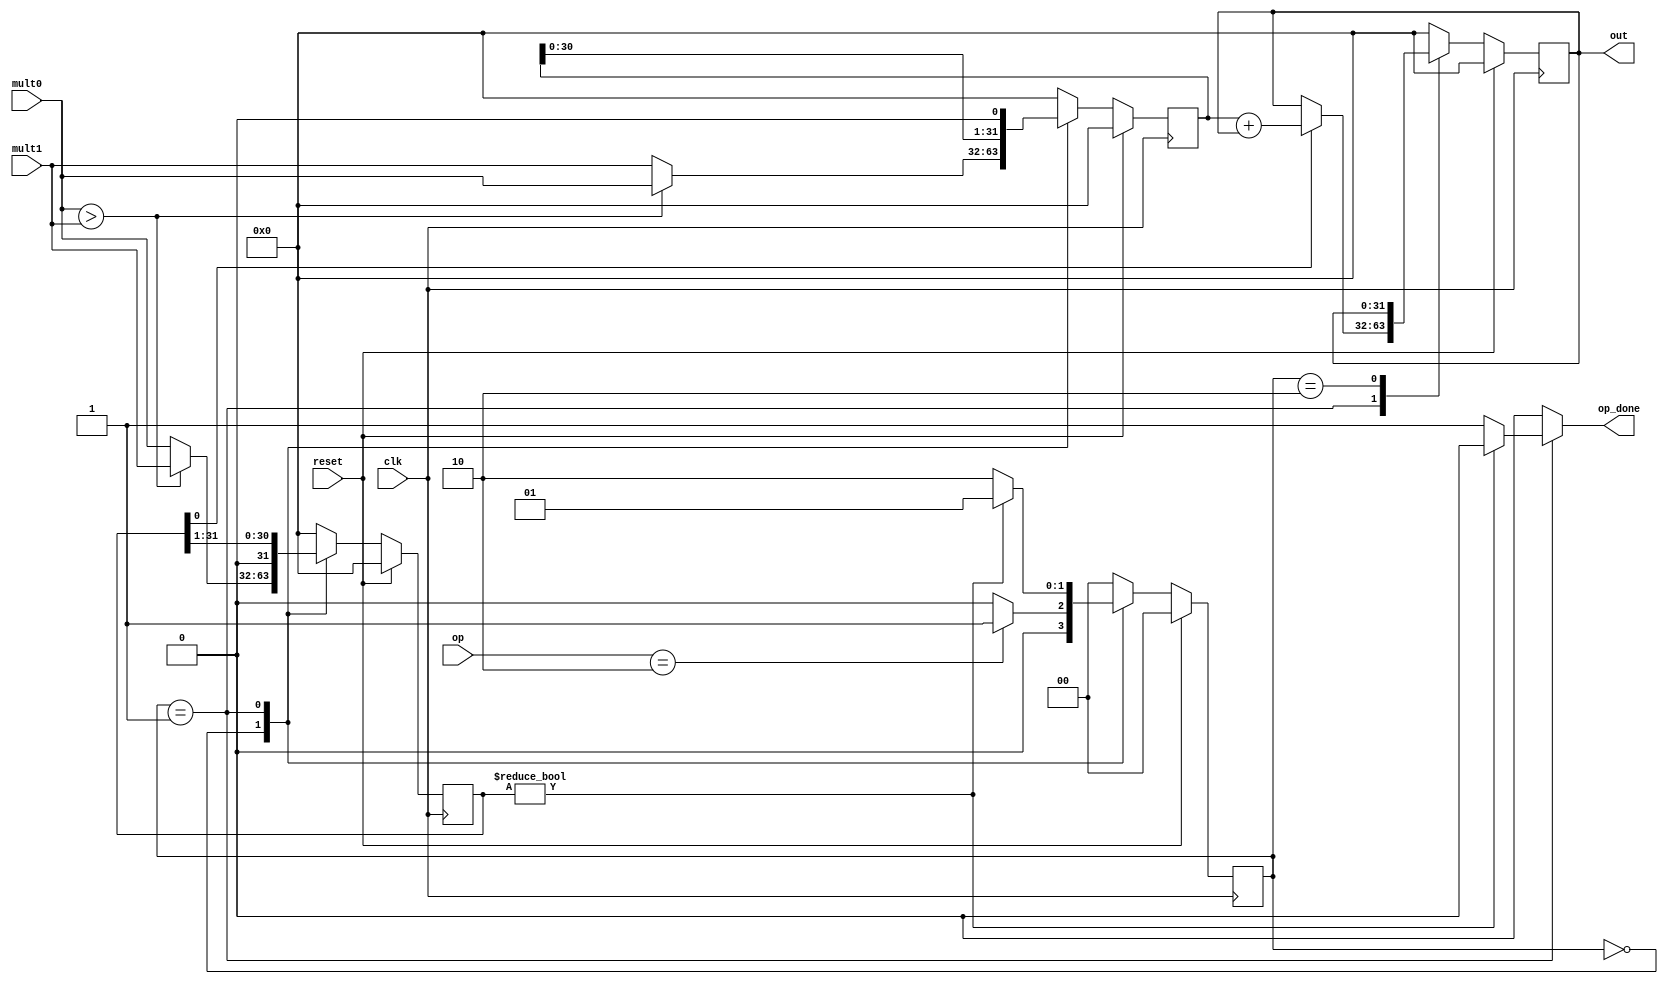





module sq_mult#(parameter op_sz=32) (
  input clk ,reset ,
  input  [op_sz-1:0] mult0, mult1,
  input[3:0] op,
  output reg [op_sz-1:0] out ,
  output reg op_done 
);



localparam  fitch =0 ,opr =1 , stop =2 ;


 reg [1:0] state, next_state ;
 reg [op_sz-1:0] out_next ;
 reg [op_sz-1:0] mult0_shift, mult1_shift ;
 reg [op_sz-1:0] mult0_shift_next, mult1_shift_next ;
 
 

always@(posedge clk) begin
        if(reset)
        begin
         out <= 0; 
         state <=fitch; 
         mult0_shift<=0 ;   
         mult1_shift<=0 ;  
        end
        else begin
        out <= out_next ;
        state <= next_state ;
        mult0_shift<=mult0_shift_next ;   
        mult1_shift<=mult1_shift_next ;  
        end
          end    
      






    always @(*) begin
      out_next=0;
      op_done=0;
      mult0_shift_next=0;
      mult1_shift_next=0;
      next_state =fitch ;
      case(state)
      fitch : begin
        out_next =0;
        op_done =0;
         if(mult0>mult1) //optimization 
           begin
             mult0_shift_next=mult0;
             mult1_shift_next= mult1;
           end
         else begin
            mult0_shift_next=mult1;
             mult1_shift_next= mult0;
         end
         if(op==2)
          next_state = opr ;
        else next_state =fitch ;
       end
     opr : begin 
           mult0_shift_next = mult0_shift <<1;
           mult1_shift_next = mult1_shift >>1;
           if(mult1_shift[0]==1)
           out_next = mult0_shift + out ;
         else out_next = out ;
          if(mult1_shift)
            next_state = opr ;
          else begin next_state = stop ;
          op_done =1;
           end
           
       
     end
     stop:  begin op_done =0;
        out_next = out;
        next_state = fitch ; end
      
      
      
      
      
   endcase 
    end




endmodule